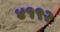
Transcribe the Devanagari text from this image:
४१९२